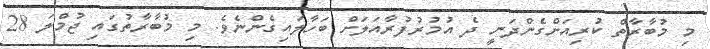
މި މުބާރާތް ކުރިއަށްގެންދަނީ ދެ އުމުރުފުރާއަލަށް ބަހާލައިގެންނެވެ. މި މުބާރާތުގައި ޖުމްލަ 28